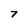
Character: 7